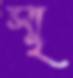
স্মৃ